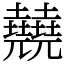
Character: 㚁